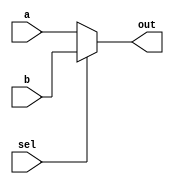
module mux(input a, input b, input sel, output out);
    assign out = sel ? b : a;
endmodule